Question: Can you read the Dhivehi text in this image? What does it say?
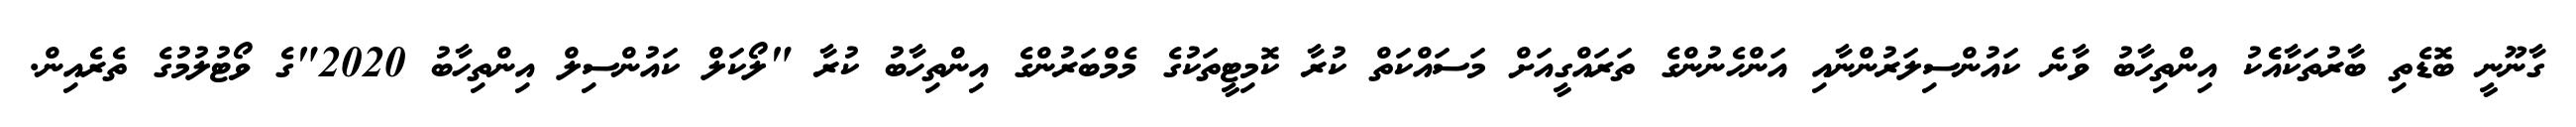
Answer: ގާނޫނީ ބޮޑެތި ބާރުތަކާއެެކު އިންތިހާބު ވާނެ ކައުންސިލަރުންނާއި އަންހެނުންގެ ތަރައްގީއަށް މަސައްކަތް ކުރާ ކޮމިޓީތަކުގެ މެމްބަރުންގެ އިންތިހާބު ކުރާ "ލޯކަލް ކައުންސިލް އިންތިހާބު 2020"ގެ ވޯޓުލުމުގެ ތެރެއިން.